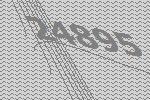
24895